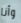
وأنا